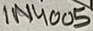
Text: 1N4005